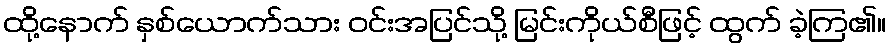
ထို့နောက် နှစ်ယောက်သား ဝင်းအပြင်သို့ မြင်းကိုယ်စီဖြင့် ထွက် ခဲ့ကြ၏။